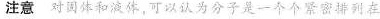
注意对固体和液体，可以认为分子是一个个紧密排列在